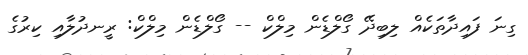
ގިނަ ފައިދާތަކެއް ލިބިދޭ ގޯލްޑެން މިލްްކް -- ގޯލްޑެން މިލްކް: ރީނދުލާއި ކިރުގެ